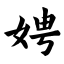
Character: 娉